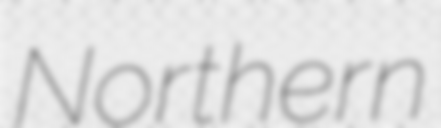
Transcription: Northern